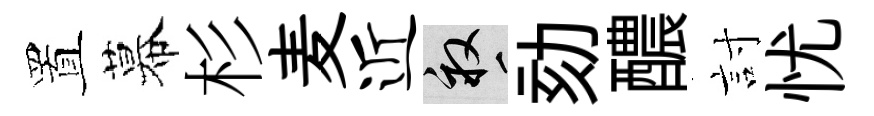
置幕杉麦近畝劾醲討忧